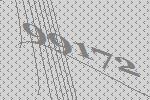
99172